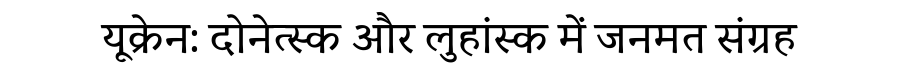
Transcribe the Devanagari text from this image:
यूक्रेन: दोनेत्स्क और लुहांस्क में जनमत संग्रह